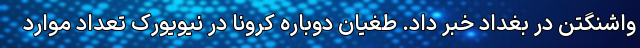
واشنگتن در بغداد خبر داد. طغیان دوباره کرونا در نیویورک تعداد موارد